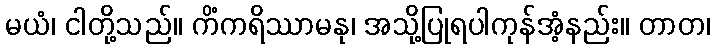
မယံ၊ ငါတို့သည်။ ကိံကရိဿာမနု၊ အသို့ပြုရပါကုန်အံ့နည်း။ တာတ၊